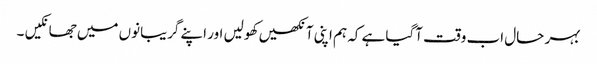
بہر حال اب وقت آگیا ہے کہ ہم اپنی آنکھیں کھولیں اور اپنے گریبانوں میں جھانکیں ۔